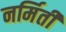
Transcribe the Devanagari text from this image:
नर्मिती